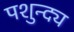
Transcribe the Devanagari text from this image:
पशुन्द्य